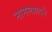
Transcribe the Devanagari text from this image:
नामग्यालने